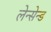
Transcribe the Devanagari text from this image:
लेन्सेन्ड